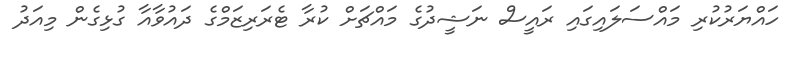
ހައްޔަރުކުރި މައްސަލައިގައި ރައީސް ނަޝީދުގެ މައްޗަށް ކުރާ ޓެރަރިޒަމްގެ ދައުވާއާ ގުޅިގެން މިއަދު